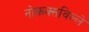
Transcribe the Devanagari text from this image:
नोकक्सविल्ले